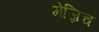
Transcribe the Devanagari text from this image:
मेज्रिच